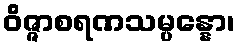
ဝိဇ္ဇာစရဏသမ္ပန္နော၊